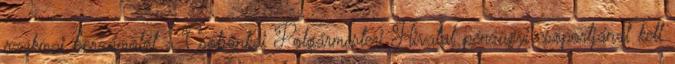
szakmai beszámolót a Csobánkai Polgármesteri Hivatal pénzügyi csoportjánál kell